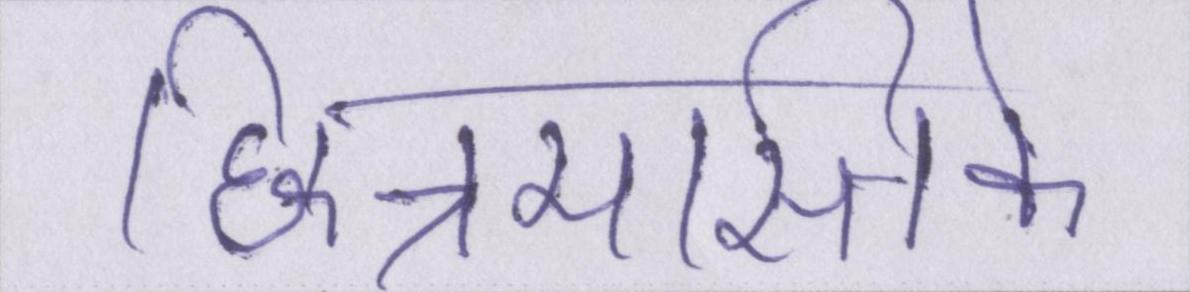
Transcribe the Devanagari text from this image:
छिन्नमस्तिके